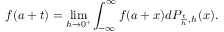
f ( a + t ) = \operatorname* { l i m } _ { h \to 0 ^ { + } } \int _ { - \infty } ^ { \infty } f ( a + x ) d P _ { { \frac { t } { h } } , h } ( x ) .